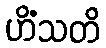
ဟိံသတိ